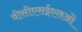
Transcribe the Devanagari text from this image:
वीसीएसईएलओं